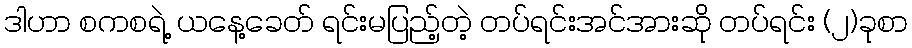
ဒါဟာ စကစရဲ့ ယနေ့ခေတ် ရင်းမပြည့်တဲ့ တပ်ရင်းအင်အားဆို တပ်ရင်း (၂)ခုစာ